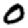
Digit: 0